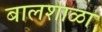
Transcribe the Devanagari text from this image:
बालशाळा